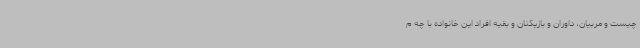
چیست و مربیان، داوران و بازیکنان و بقیه افراد این خانواده با چه م